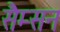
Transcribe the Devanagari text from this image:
सैम्सन